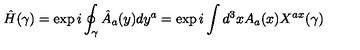
{ \hat { H } } ( \gamma ) = \exp { i \oint _ { \gamma } { \hat { A } } _ { a } ( y ) d y ^ { a } } = \exp { i \int d ^ { 3 } x A _ { a } ( x ) X ^ { a x } ( \gamma ) }